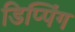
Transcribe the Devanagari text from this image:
डिप्पिंग